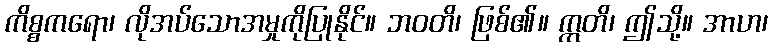
ကိစ္စကရော၊ လိုအပ်သောအမှုကိုပြုနိုင်။ ဘဝတိ၊ ဖြစ်၏။ ဣတိ၊ ဤသို့။ အာဟ၊